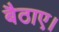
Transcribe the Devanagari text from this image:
बैठाए।